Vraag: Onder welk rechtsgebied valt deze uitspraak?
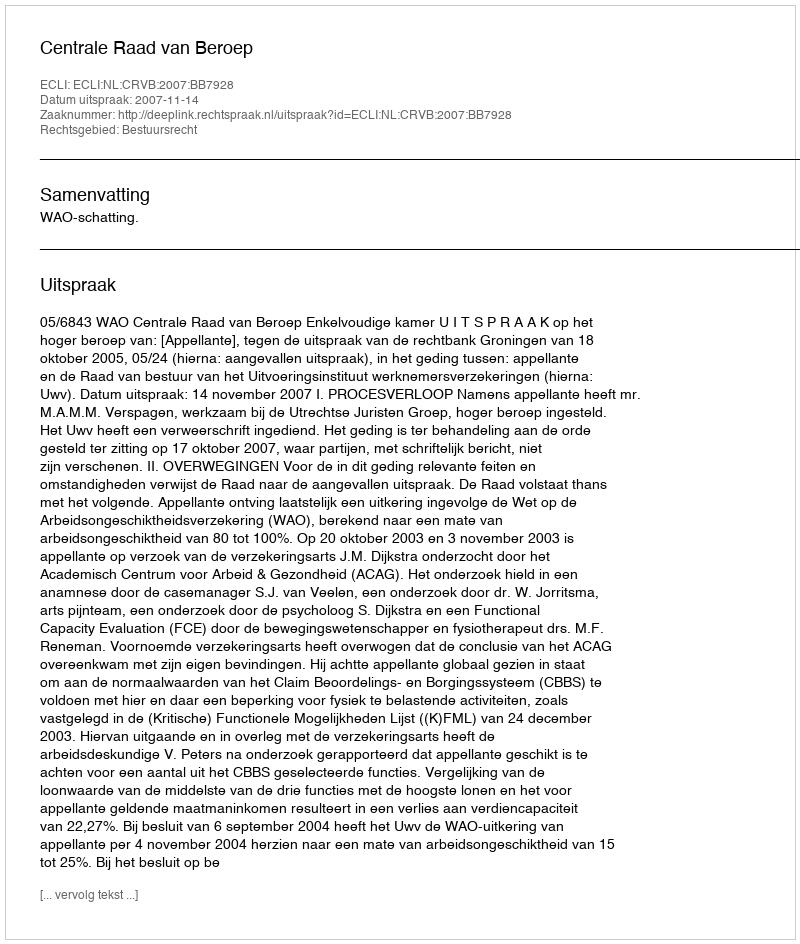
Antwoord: Bestuursrecht